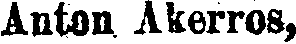
Anton Åkerros,